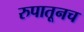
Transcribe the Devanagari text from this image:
रुपातूनच